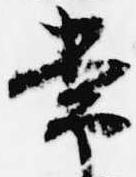
常